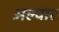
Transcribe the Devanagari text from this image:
अल्‍वार